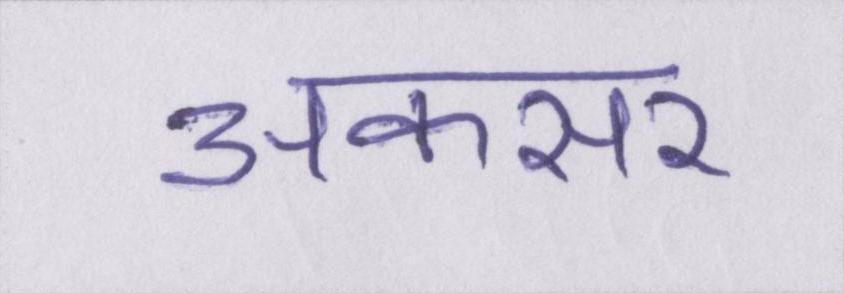
अकसर